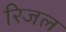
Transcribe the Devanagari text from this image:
रिजल